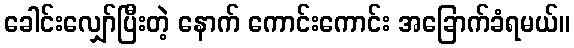
ခေါင်းလျှော်ပြီးတဲ့ နောက် ကောင်းကောင်း အခြောက်ခံရမယ်။